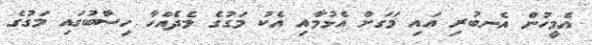
އެމީހުން އެނބުރި އައި މަގަށް އެޅުމާއި އެކު މަގުގެ މެދެއްހާ ހިސާބުގައި މަގުގެ